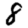
Digit: 8